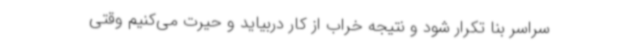
سراسر بنا تکرار شود و نتیجه خراب از کار دربیاید و حیرت می‌کنیم وقتی